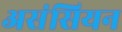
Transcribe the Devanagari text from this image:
असंसियन